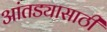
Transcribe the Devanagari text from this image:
आंतड्यासाठी